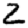
Digit: 2